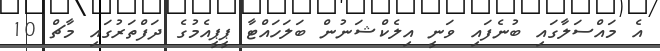
އެ މައްސަލާގައި ބުނެފައި ވަނީ އިލެކްޝަނުން ބަލަހައްޓާ ޕީޕީއެމުގެ ދަފްތަރުގައި މާޗް 10